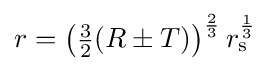
r=\left({\tfrac {3}{2}}(R\pm T)\right)^{\frac {2}{3}}r_{\mathrm {s} }^{\frac {1}{3}}